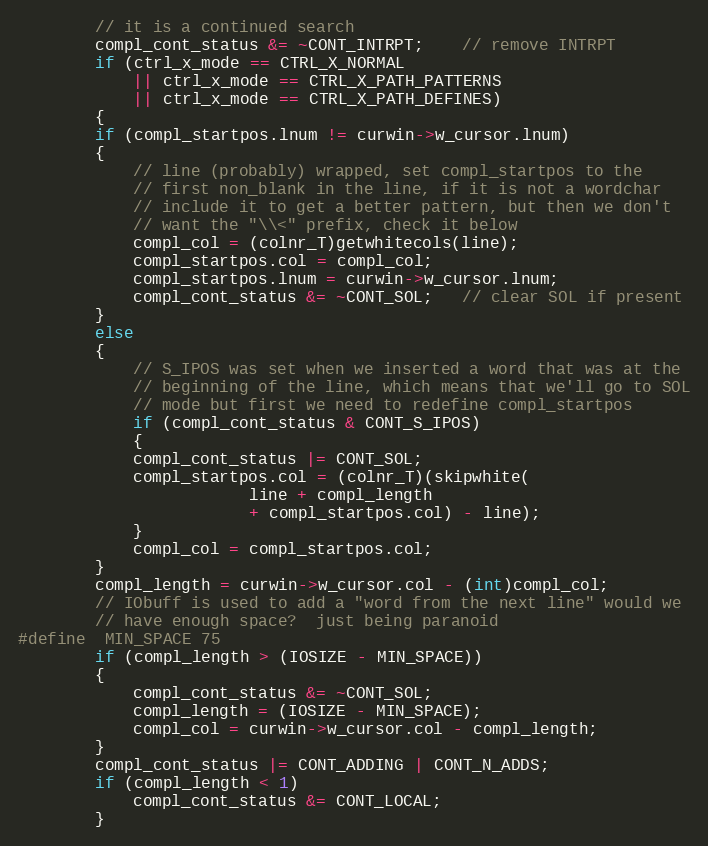
Language: C
	    // it is a continued search
	    compl_cont_status &= ~CONT_INTRPT;	// remove INTRPT
	    if (ctrl_x_mode == CTRL_X_NORMAL
		    || ctrl_x_mode == CTRL_X_PATH_PATTERNS
		    || ctrl_x_mode == CTRL_X_PATH_DEFINES)
	    {
		if (compl_startpos.lnum != curwin->w_cursor.lnum)
		{
		    // line (probably) wrapped, set compl_startpos to the
		    // first non_blank in the line, if it is not a wordchar
		    // include it to get a better pattern, but then we don't
		    // want the "\\<" prefix, check it below
		    compl_col = (colnr_T)getwhitecols(line);
		    compl_startpos.col = compl_col;
		    compl_startpos.lnum = curwin->w_cursor.lnum;
		    compl_cont_status &= ~CONT_SOL;   // clear SOL if present
		}
		else
		{
		    // S_IPOS was set when we inserted a word that was at the
		    // beginning of the line, which means that we'll go to SOL
		    // mode but first we need to redefine compl_startpos
		    if (compl_cont_status & CONT_S_IPOS)
		    {
			compl_cont_status |= CONT_SOL;
			compl_startpos.col = (colnr_T)(skipwhite(
						line + compl_length
						+ compl_startpos.col) - line);
		    }
		    compl_col = compl_startpos.col;
		}
		compl_length = curwin->w_cursor.col - (int)compl_col;
		// IObuff is used to add a "word from the next line" would we
		// have enough space?  just being paranoid
#define	MIN_SPACE 75
		if (compl_length > (IOSIZE - MIN_SPACE))
		{
		    compl_cont_status &= ~CONT_SOL;
		    compl_length = (IOSIZE - MIN_SPACE);
		    compl_col = curwin->w_cursor.col - compl_length;
		}
		compl_cont_status |= CONT_ADDING | CONT_N_ADDS;
		if (compl_length < 1)
		    compl_cont_status &= CONT_LOCAL;
	    }